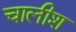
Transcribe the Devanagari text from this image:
चालीश